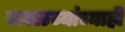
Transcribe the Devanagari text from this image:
जवळच्यांच्याही